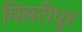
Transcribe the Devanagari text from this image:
मिसरीपुर